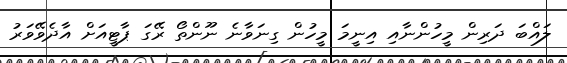
ލައްބަ ދަރިން މީހުންނާއި އިނީމަ މީހުން ގިނަވާނެ ނޫންތޯ ރޭގަ ޕާޓީއަށް އާދެވޭވަރު